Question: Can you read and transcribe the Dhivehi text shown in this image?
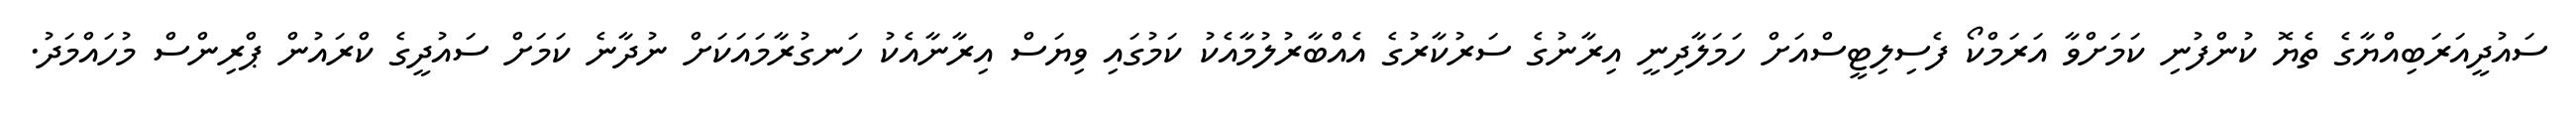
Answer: ސައުދީއަރަބިއްޔާގެ ތެޔޮ ކުންފުނި ކަމަށްވާ އަރަމްކޯ ފެސިލިޓީސްއަށް ހަމަލާދިނީ އިރާނުގެ ސަރުކާރުގެ އެއްބާރުލުމާއެކު ކަމުގައި ވިޔަސް އިރާނާއެކު ހަނގުރާމައަކަށް ނުދާނެ ކަމަށް ސައުދީގެ ކްރައުން ޕްރިންސް މުހައްމަދު.